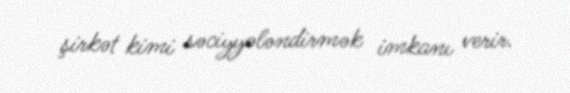
şirkət kimi səciyyələndirmək imkanı verir.